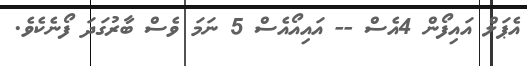
އެޕަލް އައިފޯން 4އެސް -- އައިއޯއެސް 5 ނަމަ ވެސް ބާރުގަދަ ފޯނެކެވެ.